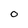
Character: O